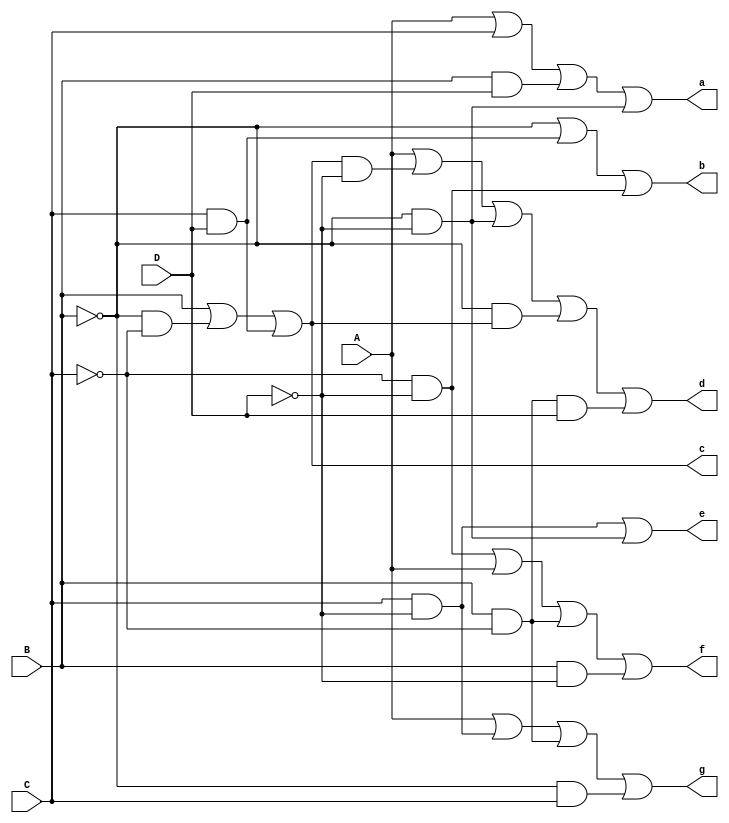
module bcdtoseven(a,b,c,d,e,f,g,A,B,C,D);
input A,B,C,D;
output a,b,c,d,e,f,g;
wire s1,s2,s3,s4;
not n1(s1,A);
not n2(s2,B);
not n3(s3,C);
not n4(s4,D);
assign a=A|C|(B&D)|(s2&s4);
assign b=s2|(C&D)|(s3&s4);
assign c=B|(s2&s3)|(C&D);
assign d=A|(c&s4)|(s2&s4)|(s2&c)|(B&s3&D);
assign e=(C&s4)|(s2&s4);
assign f=(s3&s4)|A|(B&s3)|(B&s4);
assign g=A|(C&s4)|(B&s3)|(s2&C);
endmodule